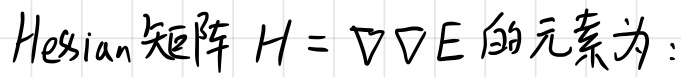
Hessian矩阵 $H = \nabla\nabla E$ 的元素为：